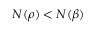
N ( \rho ) < N ( \beta )